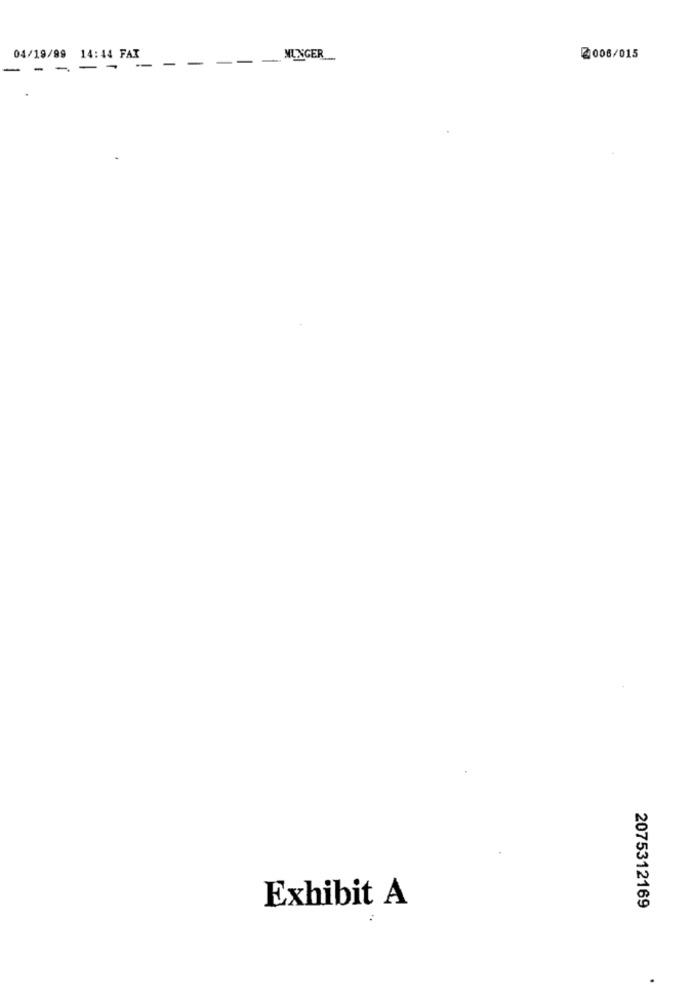
04/19/99 14:44 FAX
-
-
--
MUNGER
2006/015
-
--
Exhibit A
2075312169